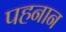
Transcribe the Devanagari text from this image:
पहनान